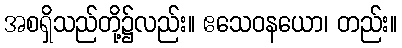
အစရှိသည်တို့၌လည်း။ ဧသေဝနယော၊ တည်း။